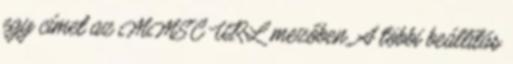
egy címet az MMSC URL mezőben. A többi beállítás